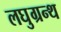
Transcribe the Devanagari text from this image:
लघुग्रन्थ